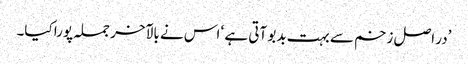
’در اصل زخم سے بہت بدبو آتی ہے ‘ اس نے بالآخر جملہ پورا کیا۔